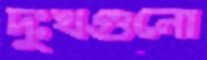
দুঃখগুলো